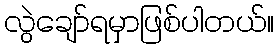
လွဲချော်ရမှာဖြစ်ပါတယ်။